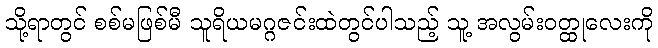
သို့ရာတွင် စစ်မဖြစ်မီ သူရိယမဂ္ဂဇင်းထဲတွင်ပါသည့် သူ့ အလွမ်းဝတ္ထုလေးကို